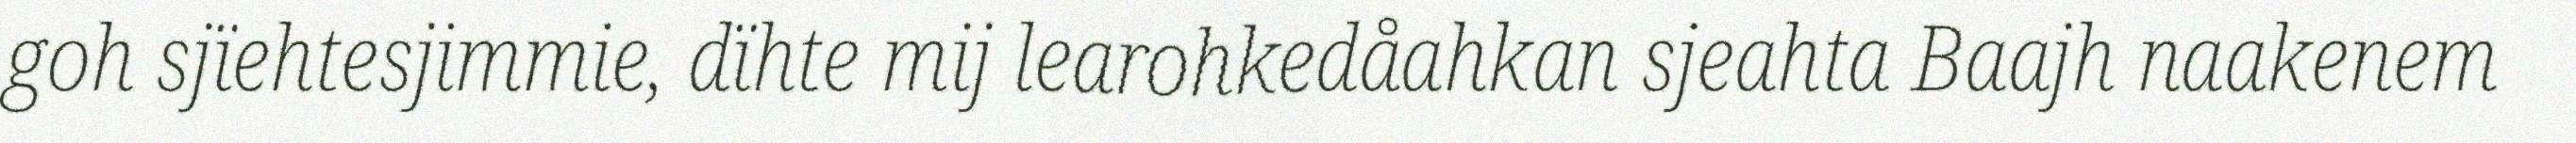
goh sjïehtesjimmie, dïhte mij learohkedåahkan sjeahta Baajh naakenem